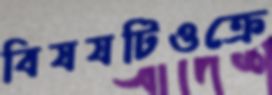
বিষযটিওক্রে